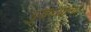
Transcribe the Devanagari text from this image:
गुडघ्याचा